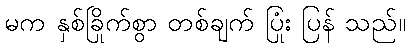
မက နှစ်ခြိုက်စွာ တစ်ချက် ပြုံး ပြန် သည်။